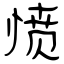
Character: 愤